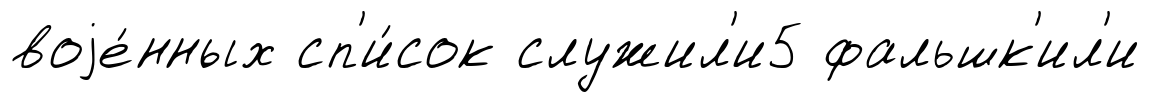
воjе́нных сп'и́сок служил'и5 фальшк'ил'и